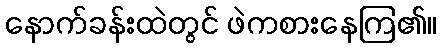
နောက်ခန်းထဲတွင် ဖဲကစားနေကြ၏။